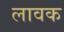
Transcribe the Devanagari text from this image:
लावक